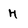
Character: H